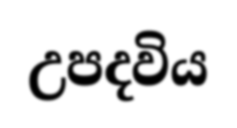
උපදවිය